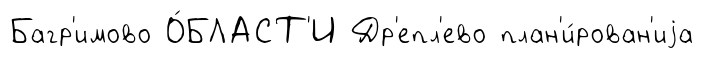
Багр'имово О́БЛАСТ'И Др'епл'ево план'и́рован'иjа